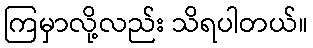
ကြမှာလို့လည်း သိရပါတယ်။